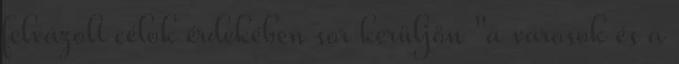
felvázolt célok érdekében sor kerüljön "a városok és a